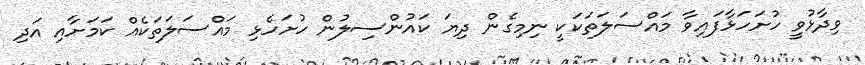
ވިދާޅުވީ ހުށަހަޅާފައިވާ މައްސަލަތަކަކީ ނިމިގެން ދިޔަ ކައުންސިލުން ހުށަހެޅި މައްސަލަތަކެއް ކަަމަށާއި އަދި